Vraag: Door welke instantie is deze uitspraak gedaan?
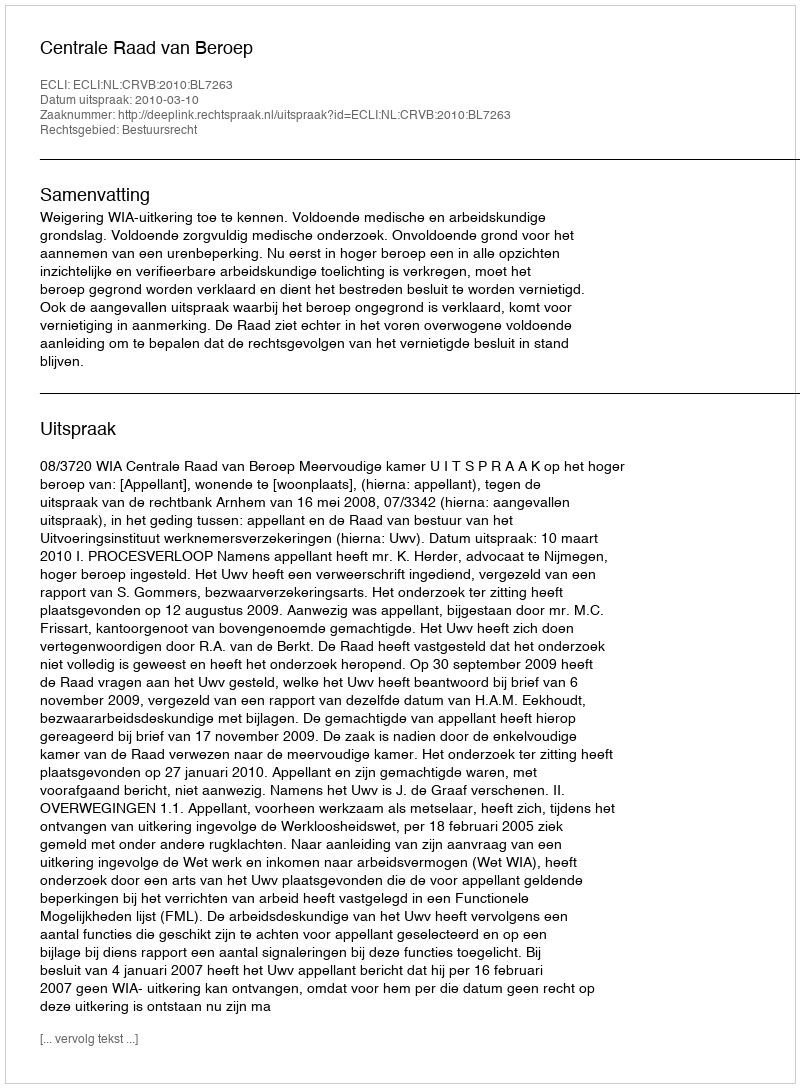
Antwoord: Centrale Raad van Beroep